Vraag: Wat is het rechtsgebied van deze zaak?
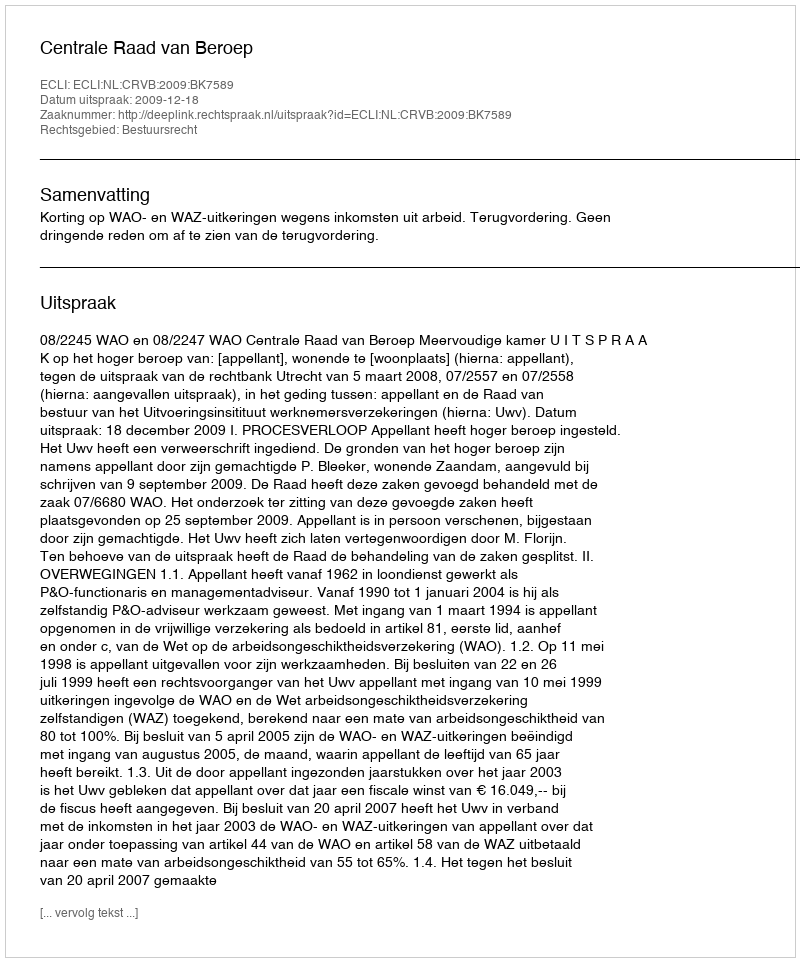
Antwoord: Bestuursrecht